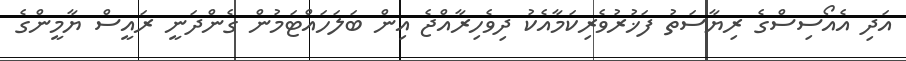
އަދި އެއޯސިސްގެ ރިޔާސަތު ފަޚުރުވެރިކަމާއެކު ދިވެހިރާއްޖެ އިން ބަލަހައްޓަމުން ގެންދަނީ ރައީސް ޔާމީންގެ